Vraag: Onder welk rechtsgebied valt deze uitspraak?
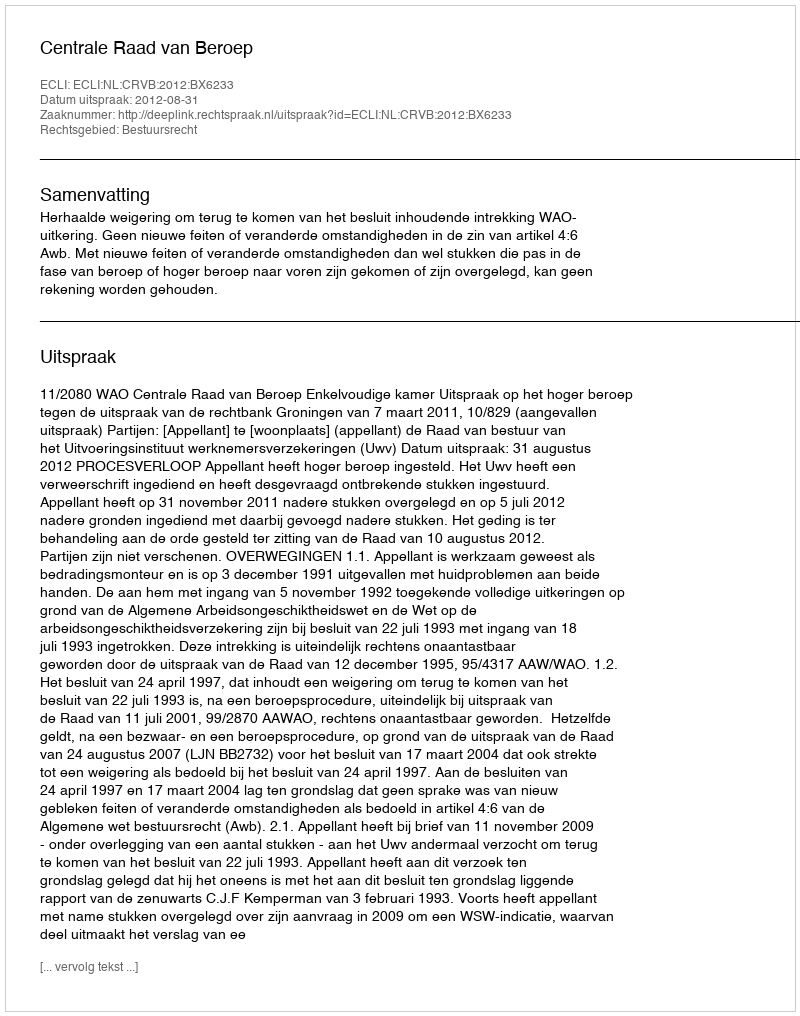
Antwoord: Bestuursrecht